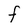
Character: F